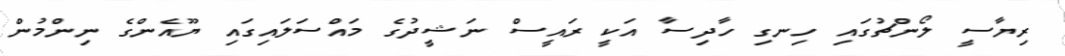
ރިޔާސީ ލޯންޗުގައި ހިނގި ހާދިސާ އަކީ ރައީސް ނަޝީދުގެ މައްސަލައިގައި ޔޫއެންގެ ނިންމުން